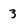
Character: 3